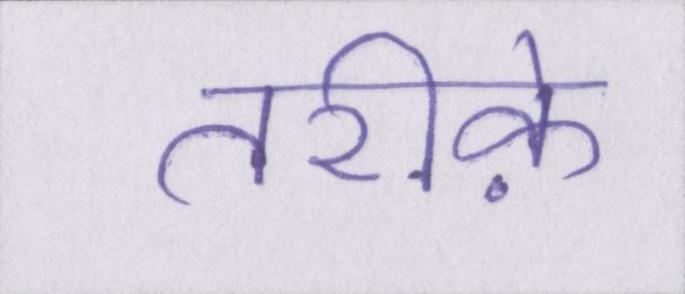
तरीके़